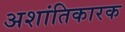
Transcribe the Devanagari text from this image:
अशांतिकारक